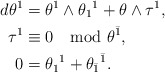
\begin{align*}d\theta^1&=\theta^1\wedge\theta_1{}^1+\theta\wedge\tau^1 , \\\tau^1&\equiv 0\mod\theta^{\bar 1} , \\0&=\theta_1{}^1+\theta_{\bar{1}}{}^{\bar 1} .\end{align*}